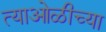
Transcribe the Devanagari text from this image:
त्याओळीच्या